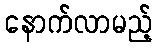
နောက်လာမည့်